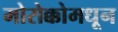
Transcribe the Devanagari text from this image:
मोरोक्कोमधून